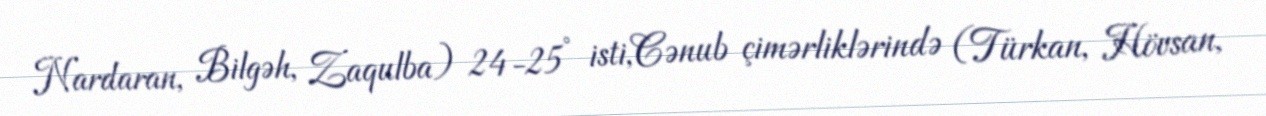
Nardaran, Bilgəh, Zaqulba) 24-25° isti,Cənub çimərliklərində (Türkan, Hövsan,